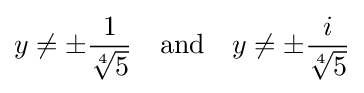
y\neq \pm {\frac {1}{\sqrt[{4}]{5}}}\quad {\text{and}}\quad y\neq \pm {\frac {i}{\sqrt[{4}]{5}}}